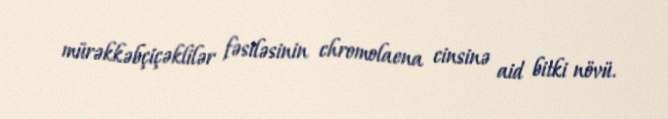
mürəkkəbçiçəklilər fəsiləsinin chromolaena cinsinə aid bitki növü.